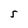
Character: 5